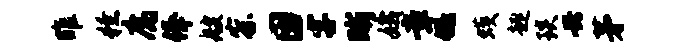
雎獠腐俸艘察因字晰娥章低蠖趣琰兴茅